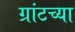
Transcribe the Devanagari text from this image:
ग्रांटच्या